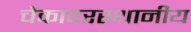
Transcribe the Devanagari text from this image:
चेकावरस्थानीय